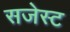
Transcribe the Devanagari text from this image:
सजेस्ट